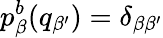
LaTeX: p_{\beta}^{b}(q_{\beta^{\prime}})=\delta_{\beta\beta^{\prime}}